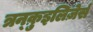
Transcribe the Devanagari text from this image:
त्रन्क़ुइलिज़ेर्स